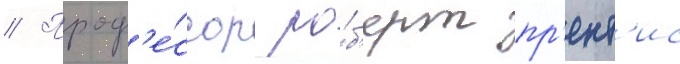
// Проф'е́ссор ро́б'ерт пр'ент'ис